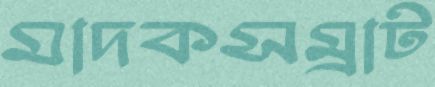
মাদকসম্রাট